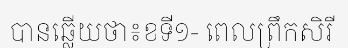
បានឆ្លើយថា៖ខទី១- ពេលព្រឹកសិរី